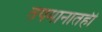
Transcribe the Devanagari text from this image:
तपमानातही